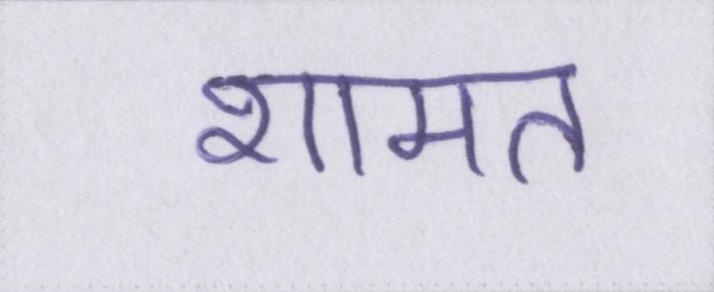
शामत